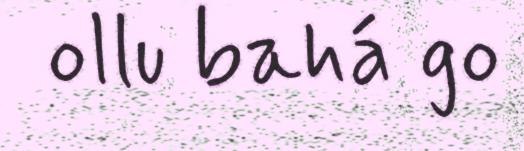
ollu bahá go